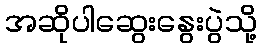
အဆိုပါဆွေးနွေးပွဲသို့